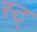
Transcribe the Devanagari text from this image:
स्ट्